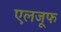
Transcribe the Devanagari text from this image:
एलजूफ